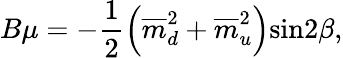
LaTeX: B\mu=-\frac{1}{2}\left(\overline{{{m}}}_{d}^{2}+\overline{{{m}}}_{u}^{2}\right)\mathrm{sin}2\beta,